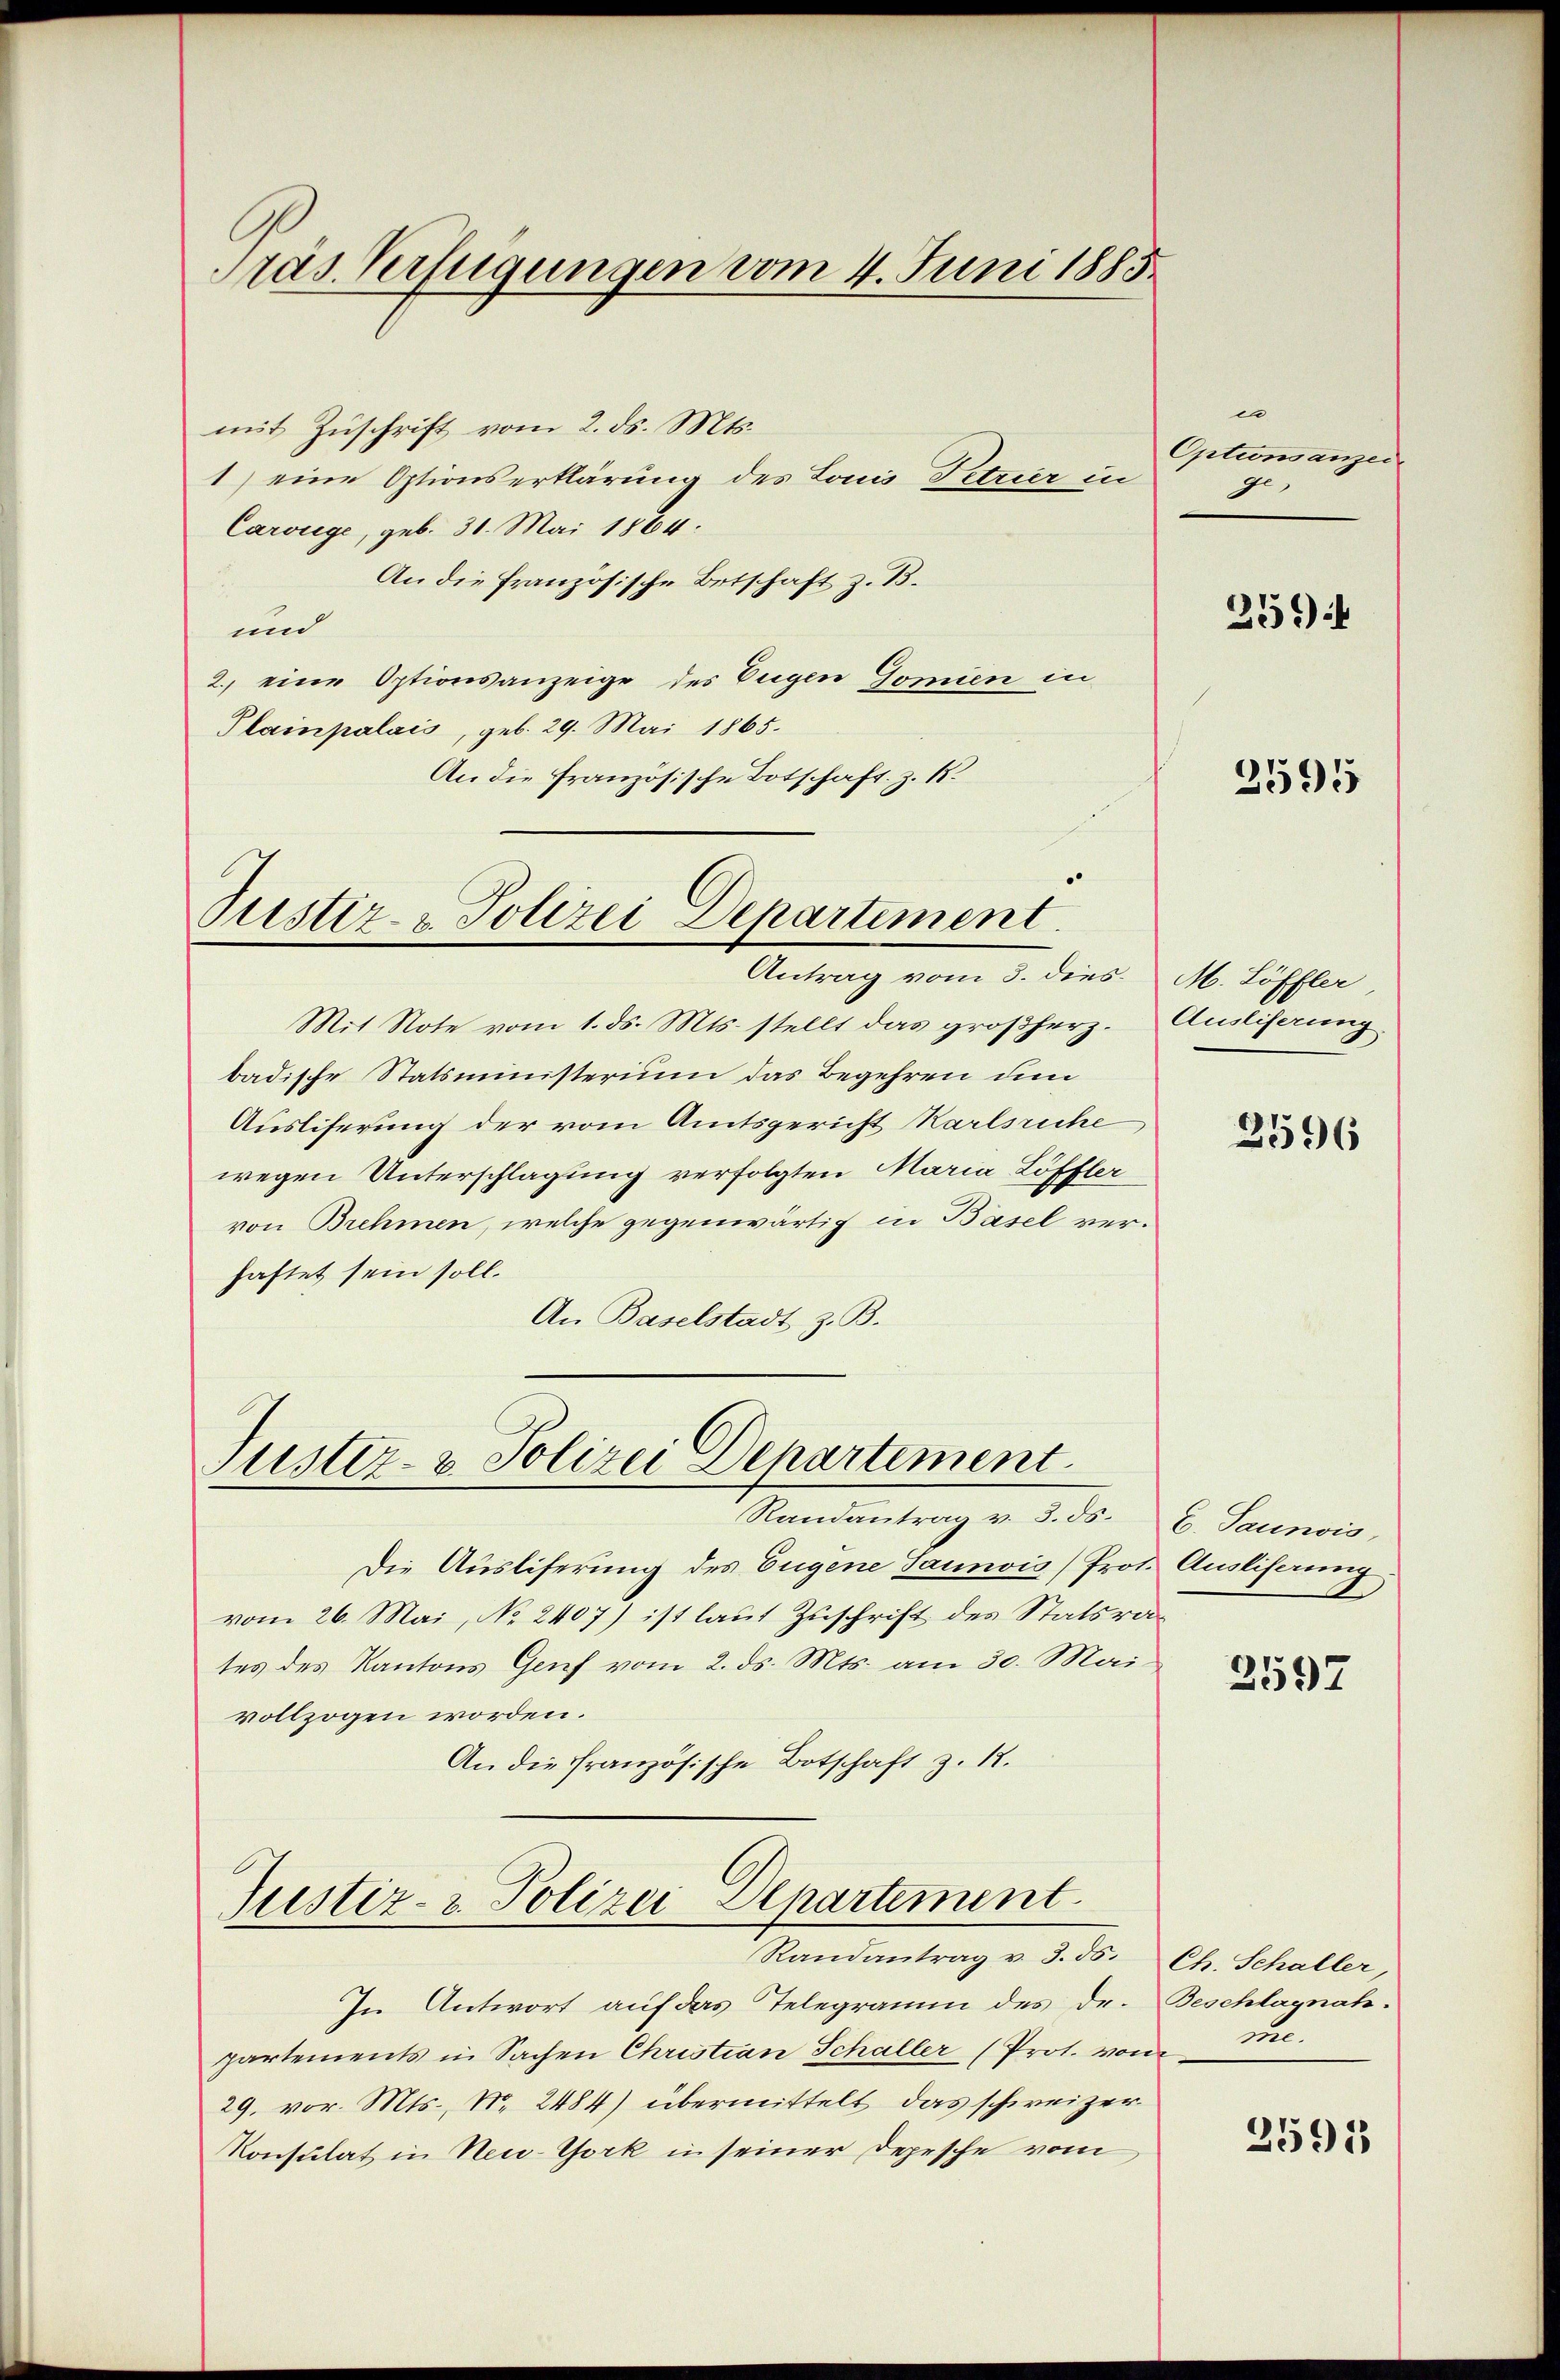
Pras Verfügungen vom 4. Juni 1885.

mit Zuschrift vom 2. ds. Mts.
1) eine Optionserklärung des Louis Petrier in
Carouge, geb. 30. Mai 1864.
An die französische Ortschaft z. B.
und
2. eine Optionsanzeige des Eigen Gomien in
Plainpalais, geb. 29. Mai 1865.
An die französische Botschaft. Z. 12

Pustiz- & Polizei Departement.
Antrag vom 3. dies. M. Löffler,

Mit Note vom 1. ds. Mts. stellt das großherz. Ausliserung
badische Statsministerium das Begehren um
Ausliserung der vom Amtsgericht Karlsriche
wegen Unterschlagung verfolgten Maria Löffler
von Brehmen, welche gegenwärtig in Basel verhaftet sein soll.
An Baselstadt z. B.

Die Ausliferung des Eugene Sannvis (Prot. Ausliserung,
vom 26. Mai, No 2407) ist laut Zuschrift des Statsrates des Kantons Genf vom 2. ds. Mts. am 30. Mai
vollzogen worden.
An die französische Botschaft z. 18.

Suster- & Polizei Departement.
Randantrag v. 3. ds. 6. Jaunvis,

Justiz- & Polizei Departement
Randantrag v. 3. ds.

u
Optionsanzei
e
ge

In Antwort auf das Telegramm des Dr.
partements in Sachen Christian Schaller (Prot. von me
29. vor. Mts., Nr. 2484) übermittelt das schweizer
Konsulat in New-York in seiner Depesche vom

2594

3595

2596

2597

Ch. Schaller,
Beschlagnah

2591